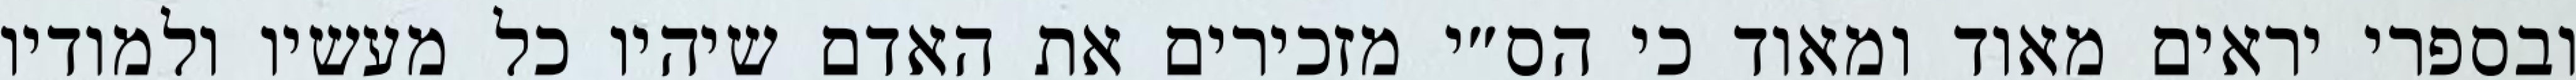
ובספרי יראים מאוד ומאוד כי הס״י מזכירים את האדם שיהיו כל מעשיו ולמודיו